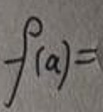
\[
f(a)=
\]